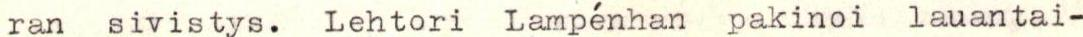
ran sivistys. Lehtori Lampénhan pakinoi lauantai-